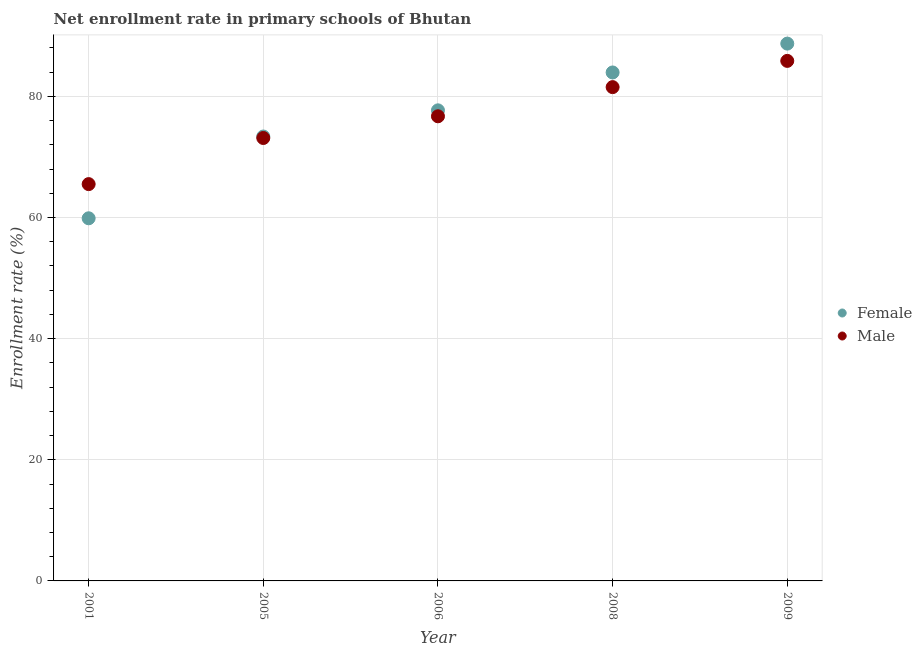
| Year | Female | Male |
 | --- | --- | --- |
 | 2001 | 59.9 | 65.5 |
 | 2005 | 73.4 | 73.1 |
 | 2006 | 77.7 | 76.7 |
 | 2008 | 84 | 81.5 |
 | 2009 | 88.7 | 85.9 |